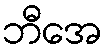
ဘီအေ